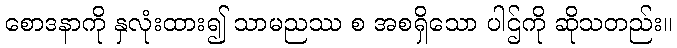
စောဒနာကို နှလုံးထား၍ သာမညဿ စ အစရှိသော ပါဌ်ကို ဆိုသတည်း။